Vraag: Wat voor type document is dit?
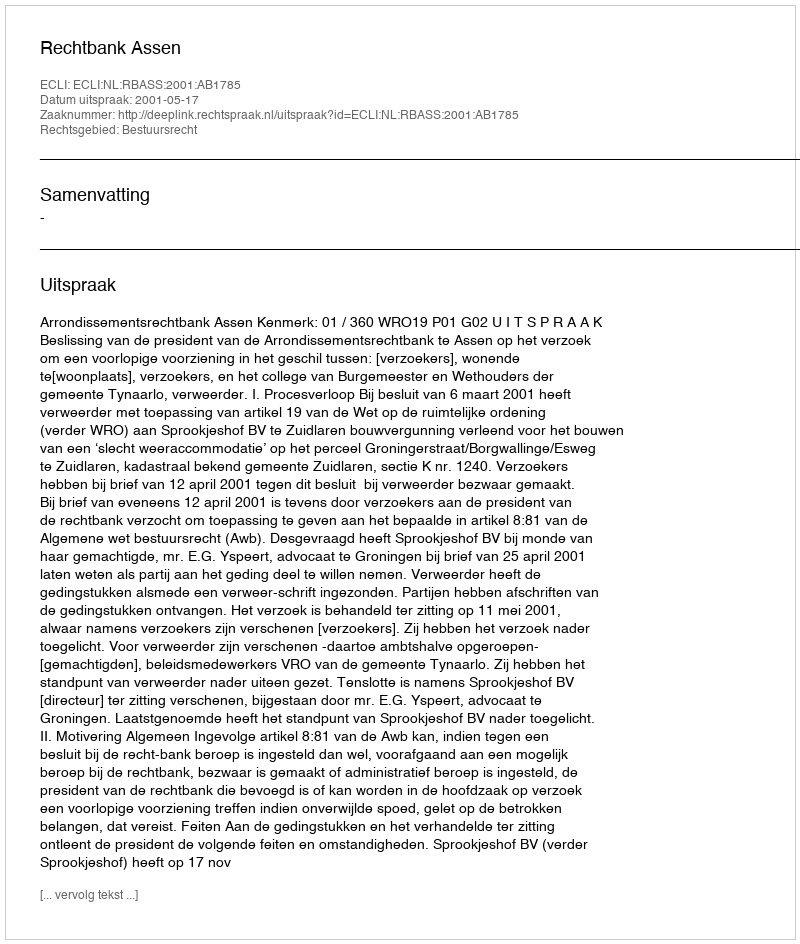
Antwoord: Uitspraak